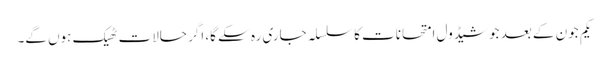
یکم جون کے بعد جو شیڈول امتحانات کا سلسلہ جاری رہ سکے گا، اگر حالات ٹھیک ہوں گے۔